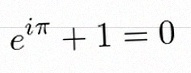
e^{i\pi}+1=0